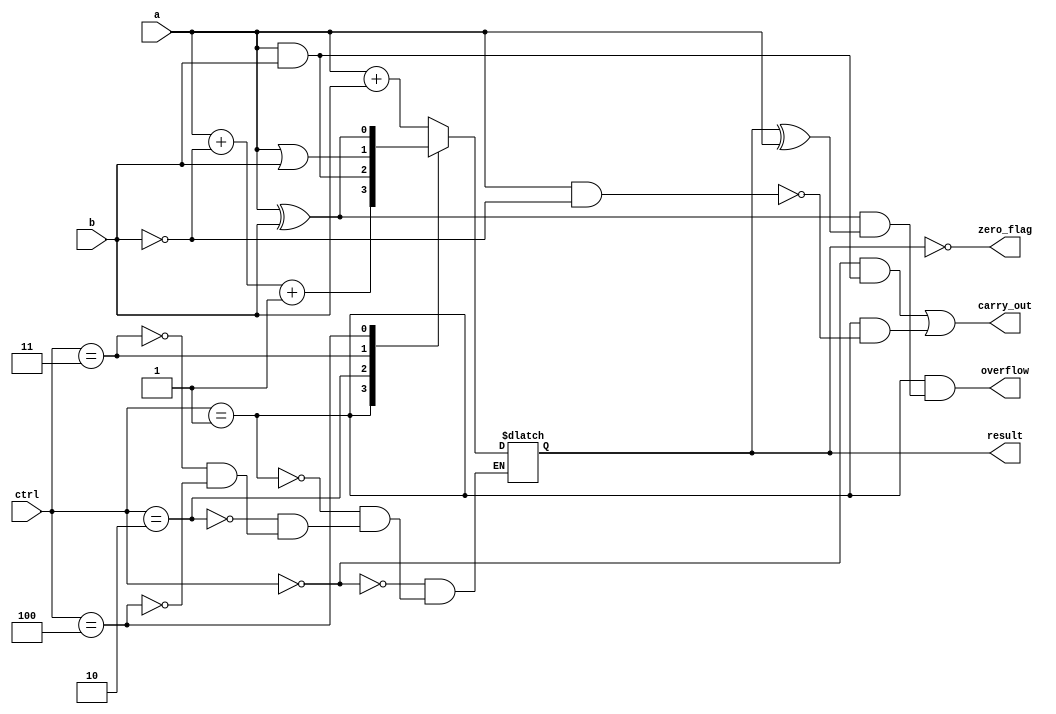
module ALU_1bit (
    input wire a, b,            // 1-bit inputs
    input wire [2:0] ctrl,      // Control signals (0: ADD, 1: SUB, 2: AND, 3: OR, 4: XOR)
    output wire result,         // Output of the ALU
    output wire carry_out,      // Carry out
    output wire overflow,       // Overflow flag
    output wire zero_flag       // Zero flag
);

// Multiplexers for selecting inputs
wire sel_a, sel_b;
assign sel_a = (ctrl == 0 || ctrl == 1) ? 1 : 0;   // Controls whether input a is selected
assign sel_b = (ctrl == 1) ? ~b : b;               // Controls whether input b is inverted for subtraction

// Arithmetic logic
always @* begin
    case(ctrl)
        0: result = a + b;                  // Addition
        1: result = a + ~b + 1;              // Subtraction
        2: result = a & b;                   // AND
        3: result = a | b;                   // OR
        4: result = a ^ b;                   // XOR
    endcase
end

// Carry out for addition operation
assign carry_out = (ctrl == 0 && (a & b)) || (ctrl == 1 && ~(a & ~b));

// Overflow flag for subtraction operation
assign overflow = (ctrl == 1 && (a[0] ^ b) & (result[0] ^ a[0]));

// Zero flag
assign zero_flag = (result == 1'b0);

endmodule